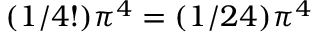
( 1 / 4 ! ) \pi ^ { 4 } = ( 1 / 2 4 ) \pi ^ { 4 }